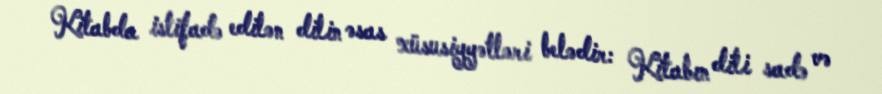
Kitabda istifadə edilən dilin əsas xüsusiyyətləri belədir: Kitabın dili sadə və